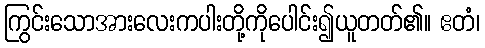
ကြွင်းသောအားလေးကပါးတို့ကိုပေါင်း၍ယူတတ်၏။ ဧတံ၊